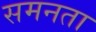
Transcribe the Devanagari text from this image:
समनता